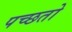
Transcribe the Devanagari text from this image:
पच्छतो